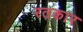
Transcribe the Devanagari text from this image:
रतकार